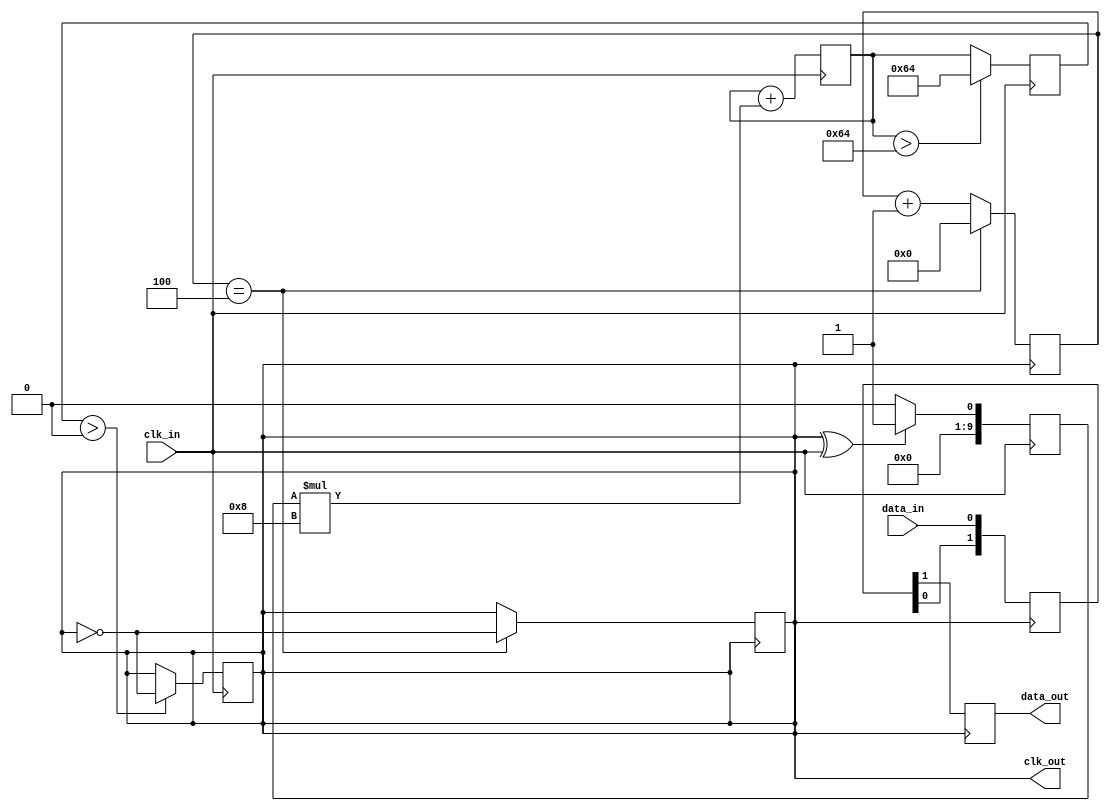
module pll_synchronizer (
    input wire clk_in,            // Incoming clock
    input wire data_in,           // Incoming data signal
    output reg clk_out,           // Synchronized output clock
    output reg data_out           // Synchronized output data
);

    // Parameters for PLL control (these would need to be tuned for your application)
    parameter LOOP_FILTER_GAIN = 8; // Loop filter gain
    parameter VCO_MAX_FREQ = 100;    // Max frequency for VCO

    // Internal signals
    reg [9:0] phase_error;          // Phase error signal
    reg [9:0] vco_output;           // VCO output frequency
    reg [9:0] loop_filter;          // Loop filter output
    reg [9:0] clock_divider;        // Clock divider output
    reg [1:0] state;                // PLL state

    // States for PLL operation
    localparam LOCKED = 2'b00,
               UNLOCKED = 2'b01,
               ADJUSTING = 2'b10;

    // Phase Detector: Simple XOR to detect phase difference
    always @(posedge clk_in) begin
        phase_error <= (clk_out ^ clk_in) ? 1 : 0;
    end

    // Loop Filter: Simple integrator for the phase error
    always @(posedge clk_in) begin
        loop_filter <= loop_filter + (phase_error * LOOP_FILTER_GAIN);
    end

    // Voltage-Controlled Oscillator (VCO)
    always @(posedge clk_in) begin
        vco_output <= (loop_filter > VCO_MAX_FREQ) ? VCO_MAX_FREQ : loop_filter;
        
        // Generate output clock based on VCO output
        if (vco_output > 0) begin
            clk_out <= ~clk_out; // Toggle the clock output
        end
    end

    // Clock Divider (if necessary)
    always @(posedge clk_out) begin
        clock_divider <= clock_divider + 1;
        if (clock_divider == 4) begin // Example divider value
            clk_out <= ~clk_out; // Toggle output clock
            clock_divider <= 0;
        end
    end

    // Data Synchronization Circuit: Simple dual-flop synchronizer
    reg [1:0] sync_reg;
    
    always @(posedge clk_out) begin
        sync_reg <= {sync_reg[0], data_in}; // Sample data in synchronously
        data_out <= sync_reg[1];            // Output synchronized data
    end

    // Control Logic: Monitor PLL state
    always @(posedge clk_in) begin
        if (phase_error == 0) begin
            state <= LOCKED; // PLL locked
        end else if (phase_error > 1) begin
            state <= ADJUSTING; // Adjust PLL parameters
        end else begin
            state <= UNLOCKED; // PLL unlocked
        end
    end

endmodule